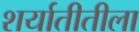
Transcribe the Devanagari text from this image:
शर्यातीतीला